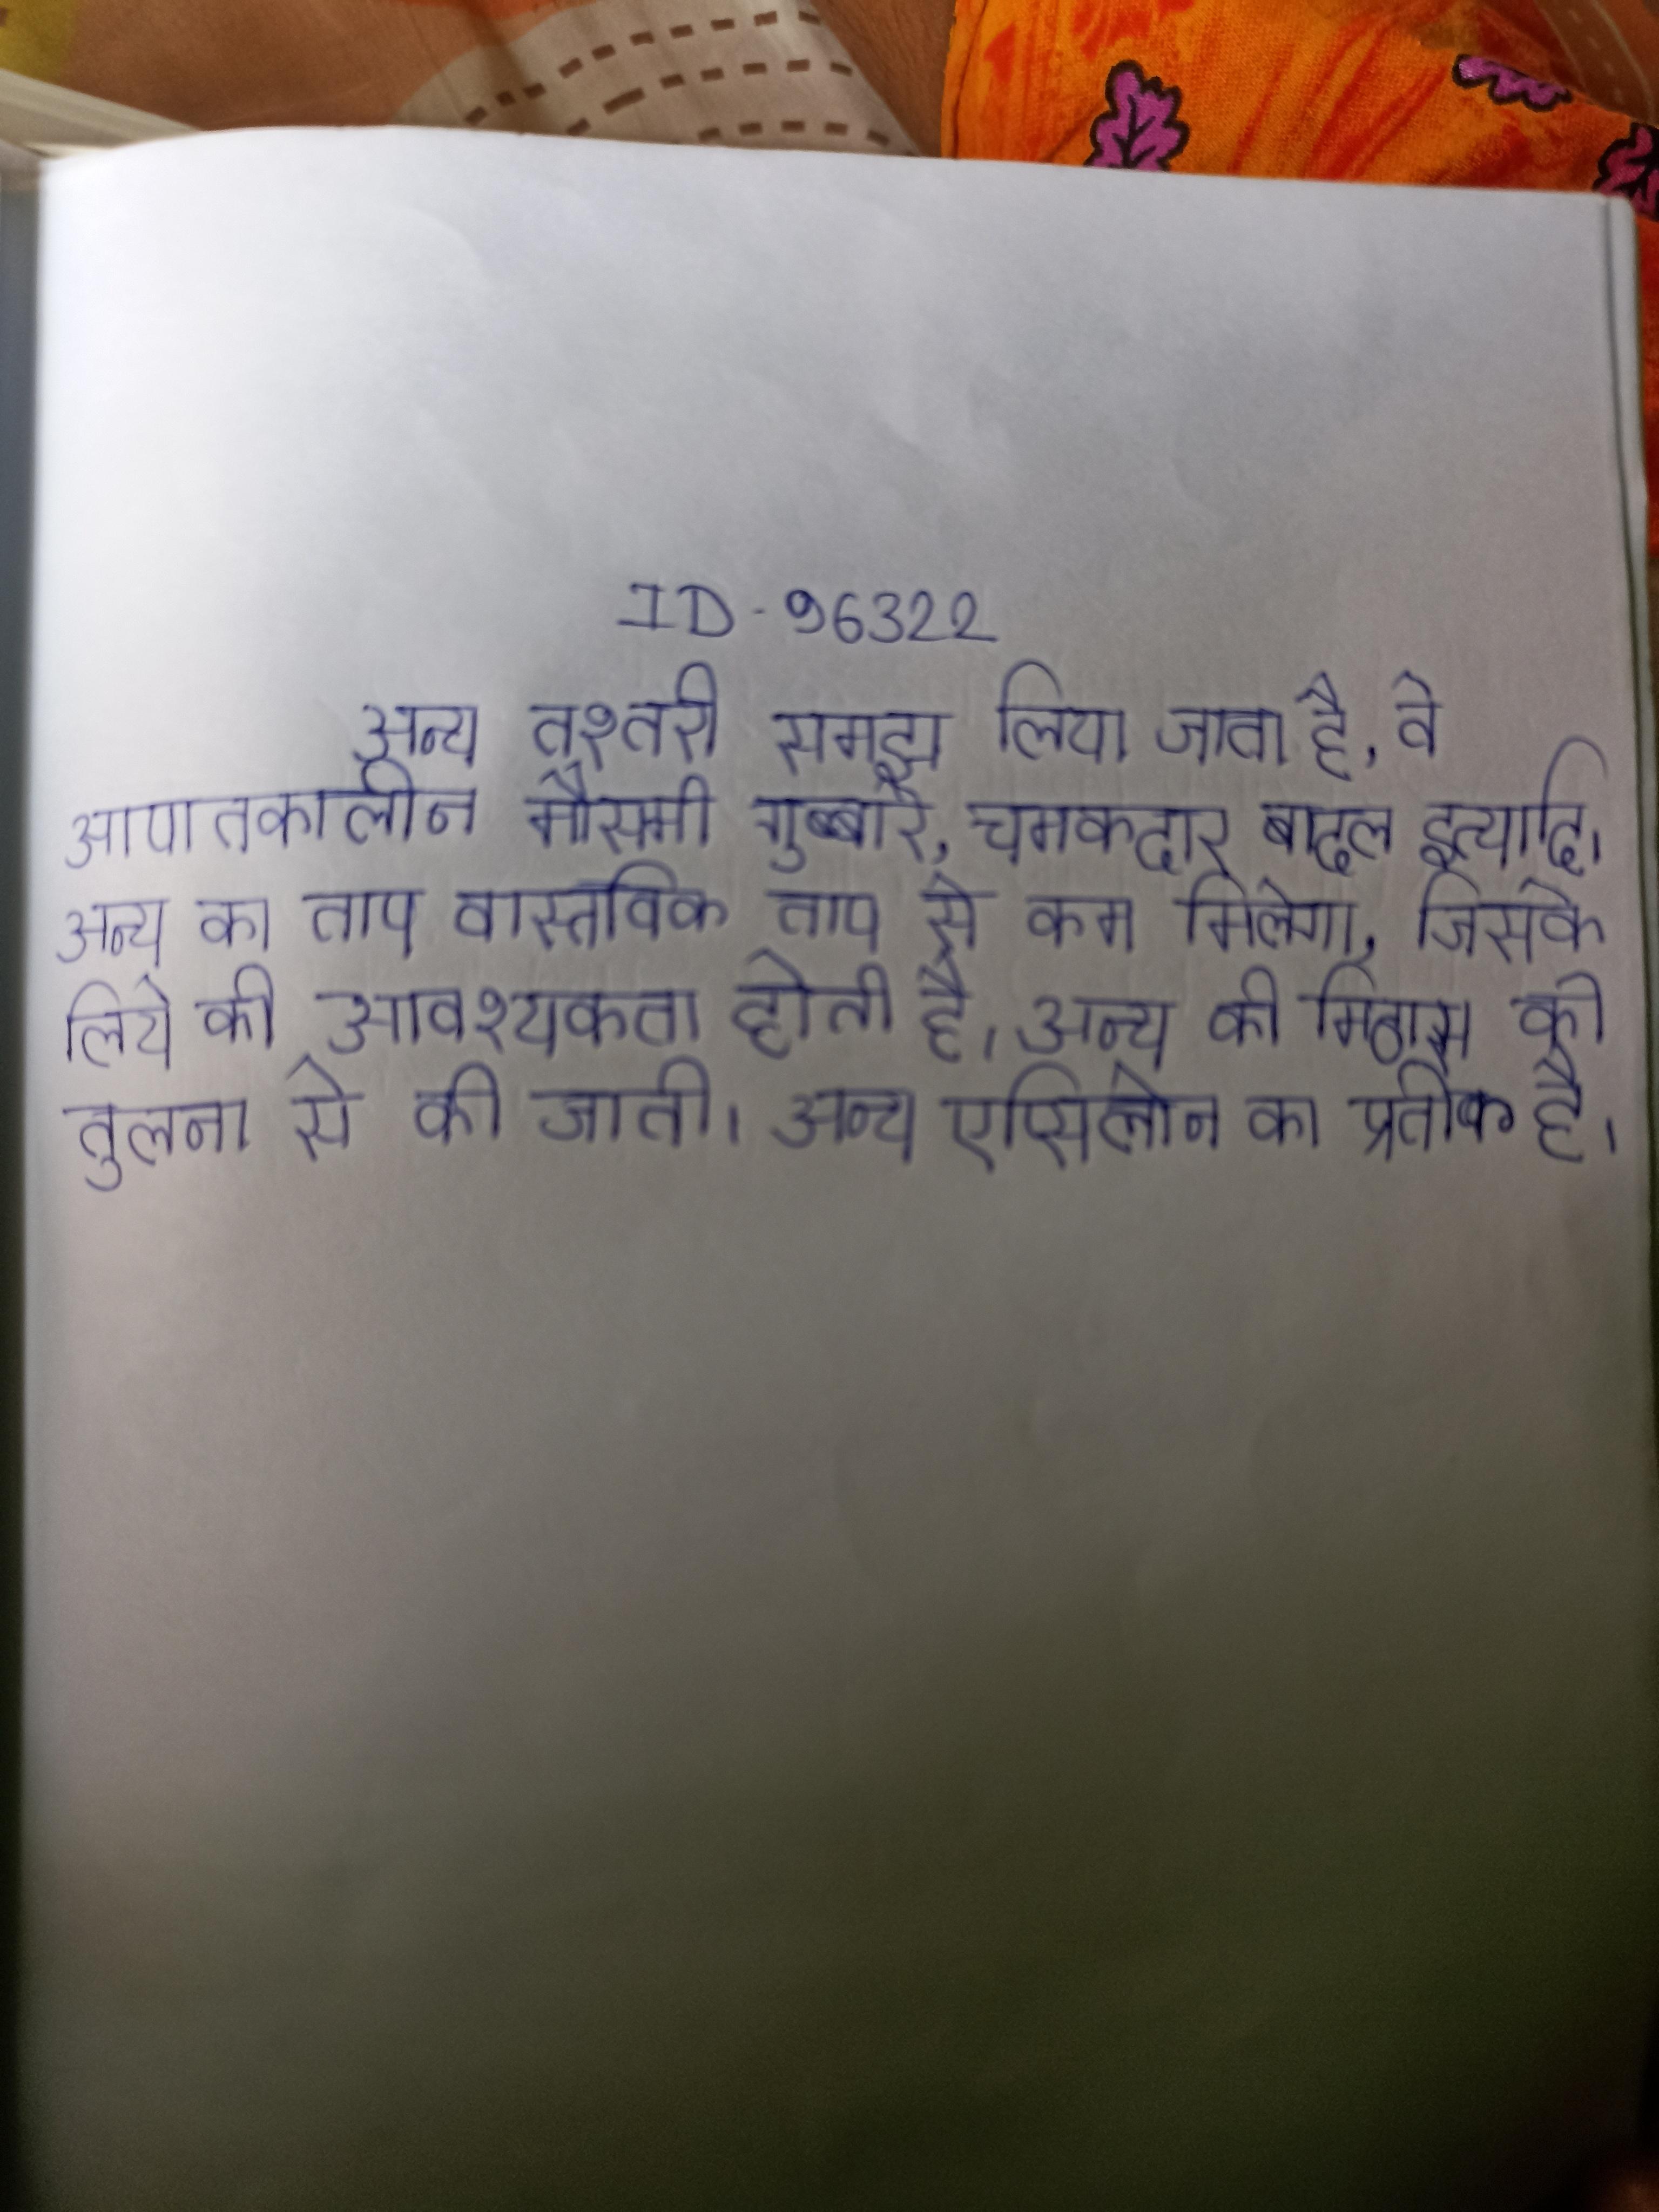
अन्य तश्तरी समझ लिया जाता है, वे आपातकालीन मौसमी गुब्बारे, चमकदार बादल इत्यादि । अन्य का ताप वास्तविक ताप से कम मिलेगा, जिसके लिये की आवश्यकता होती है । अन्य की मिठास की तुलना से की जाती । अन्य एप्सिलोन का प्रतीक है ।